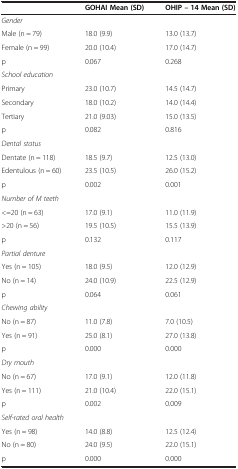
|  | GOHAI Mean (SD) | OHIP – 14 Mean (SD) |
 | --- | --- | --- |
 | Gender |  |  |
 | Male (n = 79) | 18.0 (9.9) | 13.0 (13.7) |
 | Female (n = 99) | 20.0 (10.4) | 17.0 (14.7) |
 | p | 0.067 | 0.268 |
 | School education |  |  |
 | Primary | 23.0 (10.7) | 14.5 (14.7) |
 | Secondary | 18.0 (10.2) | 14.0 (14.4) |
 | Tertiary | 21.0 (9.03) | 15.0 (13.5) |
 | p | 0.082 | 0.816 |
 | Dental status |  |  |
 | Dentate (n = 118) | 18.5 (9.7) | 12.5 (13.0) |
 | Edentulous (n = 60) | 23.5 (10.5) | 26.0 (15.2) |
 | p | 0.002 | 0.001 |
 | Number of M teeth |  |  |
 | <=20 (n = 63) | 17.0 (9.1) | 11.0 (11.9) |
 | >20 (n = 56) | 19.5 (10.5) | 15.5 (13.9) |
 | p | 0.132 | 0.117 |
 | Partial denture |  |  |
 | Yes (n = 105) | 18.0 (9.5) | 12.0 (12.9) |
 | No (n = 14) | 24.0 (10.9) | 22.5 (12.9) |
 | p | 0.064 | 0.061 |
 | Chewing ability |  |  |
 | No (n = 87) | 11.0 (7.8) | 7.0 (10.5) |
 | Yes (n = 91) | 25.0 (8.1) | 27.0 (13.8) |
 | p | 0.000 | 0.000 |
 | Dry mouth |  |  |
 | No (n = 67) | 17.0 (9.1) | 12.0 (11.8) |
 | Yes (n = 111) | 21.0 (10.4) | 22.0 (15.1) |
 | p | 0.002 | 0.009 |
 | Self-rated oral health |  |  |
 | Yes (n = 98) | 14.0 (8.8) | 12.5 (12.4) |
 | No (n = 80) | 24.0 (9.5) | 22.0 (15.1) |
 | p | 0.000 | 0.000 |